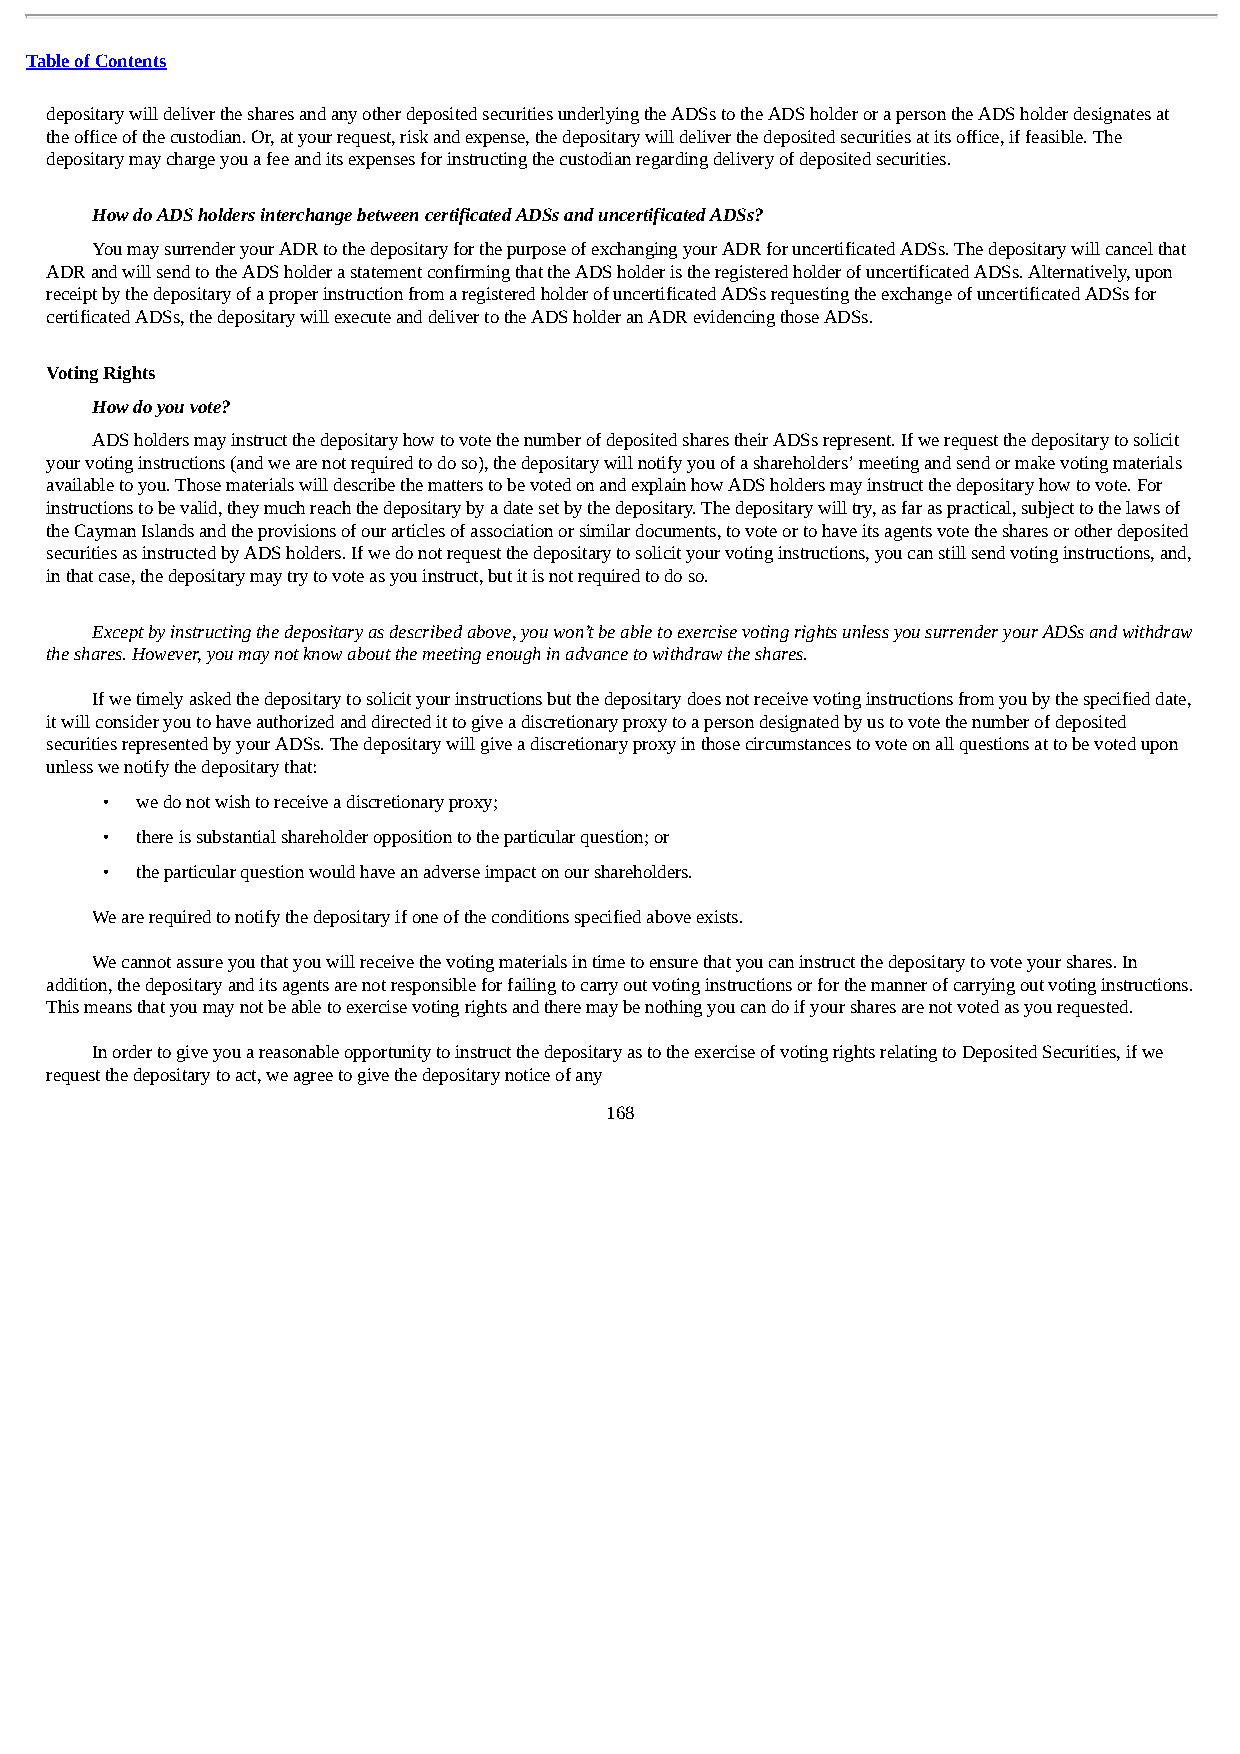
Table of Contents
 depositary will deliver the shares and any other deposited securities underlying the ADSs to the ADS holder or a person the ADS holder designates at
 the office of the custodian. Or, at your request, risk and expense, the depositary will deliver the deposited securities at its office, if feasible. The
 depositary may charge you a fee and its expenses for instructing the custodian regarding delivery of deposited securities.
 How do ADS holders interchange between certificated ADSs and uncertificated ADSs?
 You may surrender your ADR to the depositary for the purpose of exchanging your ADR for uncertificated ADSs. The depositary will cancel that
 ADR and will send to the ADS holder a statement confirming that the ADS holder is the registered holder of uncertificated ADSs. Alternatively, upon
 receipt by the depositary of a proper instruction from a registered holder of uncertificated ADSs requesting the exchange of uncertificated ADSs for
 certificated ADSs, the depositary will execute and deliver to the ADS holder an ADR evidencing those ADSs.
 Voting Rights
 How do you vote?
 ADS holders may instruct the depositary how to vote the number of deposited shares their ADSs represent. If we request the depositary to solicit
 your voting instructions (and we are not required to do so), the depositary will notify you of a shareholders’ meeting and send or make voting materials
 available to you. Those materials will describe the matters to be voted on and explain how ADS holders may instruct the depositary how to vote. For
 instructions to be valid, they much reach the depositary by a date set by the depositary. The depositary will try, as far as practical, subject to the laws of
 the Cayman Islands and the provisions of our articles of association or similar documents, to vote or to have its agents vote the shares or other deposited
 securities as instructed by ADS holders. If we do not request the depositary to solicit your voting instructions, you can still send voting instructions, and,
 in that case, the depositary may try to vote as you instruct, but it is not required to do so.
 Except by instructing the depositary as described above, you won’t be able to exercise voting rights unless you surrender your ADSs and withdraw
 the shares. However, you may not know about the meeting enough in advance to withdraw the shares.
 If we timely asked the depositary to solicit your instructions but the depositary does not receive voting instructions from you by the specified date,
 it will consider you to have authorized and directed it to give a discretionary proxy to a person designated by us to vote the number of deposited
 securities represented by your ADSs. The depositary will give a discretionary proxy in those circumstances to vote on all questions at to be voted upon
 unless we notify the depositary that:
 • we do not wish to receive a discretionary proxy;
 • there is substantial shareholder opposition to the particular question; or
 • the particular question would have an adverse impact on our shareholders.
 We are required to notify the depositary if one of the conditions specified above exists.
 We cannot assure you that you will receive the voting materials in time to ensure that you can instruct the depositary to vote your shares. In
 addition, the depositary and its agents are not responsible for failing to carry out voting instructions or for the manner of carrying out voting instructions.
 This means that you may not be able to exercise voting rights and there may be nothing you can do if your shares are not voted as you requested.
 In order to give you a reasonable opportunity to instruct the depositary as to the exercise of voting rights relating to Deposited Securities, if we
 request the depositary to act, we agree to give the depositary notice of any
 168